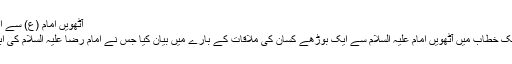
آٹھویں امام (ع) سے ایک بوڑھے کسان کی ملاقات
جناب حیدر خمسہ نے اپنے ایک خطاب میں آٹھویں امام علیہ السلام سے ایک بوڑھے کسان کی ملاقات کے بارے میں بیان کیا جس نے امام رضا علیہ السلام کی ابھی تک زيارت نہیں کی تھی۔